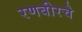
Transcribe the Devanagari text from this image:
रणबीरचे